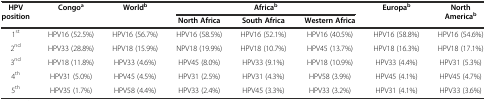
| <ROWSPAN=2> HPV position | <ROWSPAN=2> Congoa | <ROWSPAN=2> Worldb | <COLSPAN=3> Africab | <ROWSPAN=2> Europab | <ROWSPAN=2> North Americab |
 | North Africa | South Africa | Western Africa |
 | --- | --- | --- | --- | --- | --- | --- | --- |
 | 1st | HPV16 (52.5%) | HPV16 (56.7%) | HPV16 (58.5%) | HPV16 (52.1%) | HPV16 (40.5%) | HPV16 (58.8%) | HPV16 (54.6%) |
 | 2nd | HPV33 (28.8%) | HPV18 (15.9%) | NPV18 (19.9%) | HPV18 (10.7%) | HPV45 (13.7%) | HPV18 (16.3%) | HPV18 (17.1%) |
 | 3nd | HPV18 (11.8%) | HPV33 (4.6%) | HPV45 (8.0%) | HPV33 (9.1%) | HPV18 (10.9%) | HPV33 (4.4%) | HPV31 (5.3%) |
 | 4th | HPV31 (5.0%) | HPV45 (4.5%) | HPV31 (2.5%) | HPV31 (4.3%) | HPV58 (3.9%) | HPV45 (4.1%) | HPV45 (4.7%) |
 | 5th | HPV35 (1.7%) | HPV58 (4.4%) | HPV33 (2.4%) | HPV45 (3.3%) | HPV33 (3.2%) | HPV31 (4.1%) | HPV33 (3.6%) |